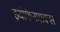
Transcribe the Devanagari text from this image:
इथोफेनप्राक्‍स